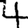
Digit: 4